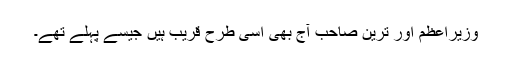
وزیراعظم اور ترین صاحب آج بھی اسی طرح قریب ہیں جیسے پہلے تھے۔